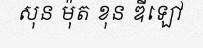
សុន ម៉ុត ខុន ឌីឡៅ